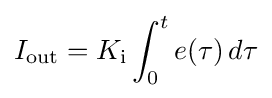
I_{\text{out}}=K_{\text{i}}\int _{0}^{t}e(\tau )\,d\tau